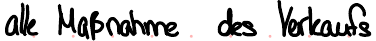
alle Maßnahme des Verkaufs